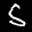
Label: 5